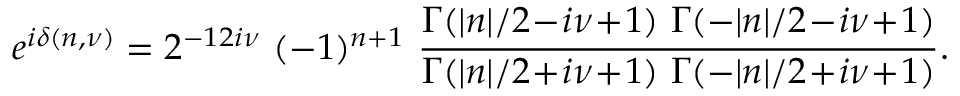
e ^ { i \delta ( n , \nu ) } = 2 ^ { - 1 2 i \nu } \ ( - 1 ) ^ { n + 1 } \ \frac { \Gamma ( \vert n \vert / 2 \! - \! i \nu \! + \! 1 ) \ \Gamma ( - \vert n \vert / 2 \! - \! i \nu \! + \! 1 ) } { \Gamma ( \vert n \vert / 2 \! + \! i \nu \! + \! 1 ) \ \Gamma ( - \vert n \vert / 2 \! + \! i \nu \! + \! 1 ) } .